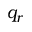
q _ { r }